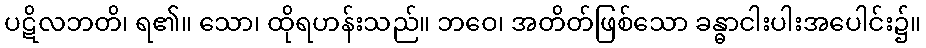
ပဋိလဘတိ၊ ရ၏။ သော၊ ထိုရဟန်းသည်။ ဘဝေ၊ အတိတ်ဖြစ်သော ခန္ဓာငါးပါးအပေါင်း၌။